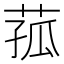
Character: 菰